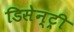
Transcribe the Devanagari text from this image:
डिसेन्ट्री